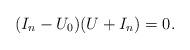
LaTeX: \begin{align*}(I_n -U_0)(U+I_n)=0.\end{align*}